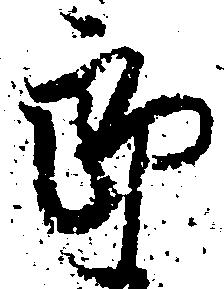
郎